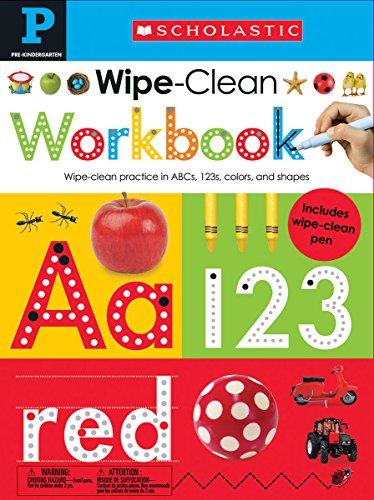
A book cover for Wipe Clean Workbooks: Pre-K (Scholastic Early Learners); Scholastic; Children's Books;